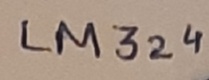
Text: LM324